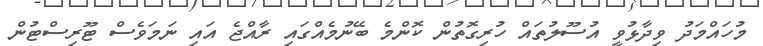
މުހައްމަދު ވިދާޅުވީ އުސޫލުތައް ހުރިގޮތުން ކޮންމެ ބޭނުމެއްގައި ރާއްޖެ އައި ނަމަވެސް ޓޫރިސްޓުން